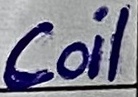
Text: Coil